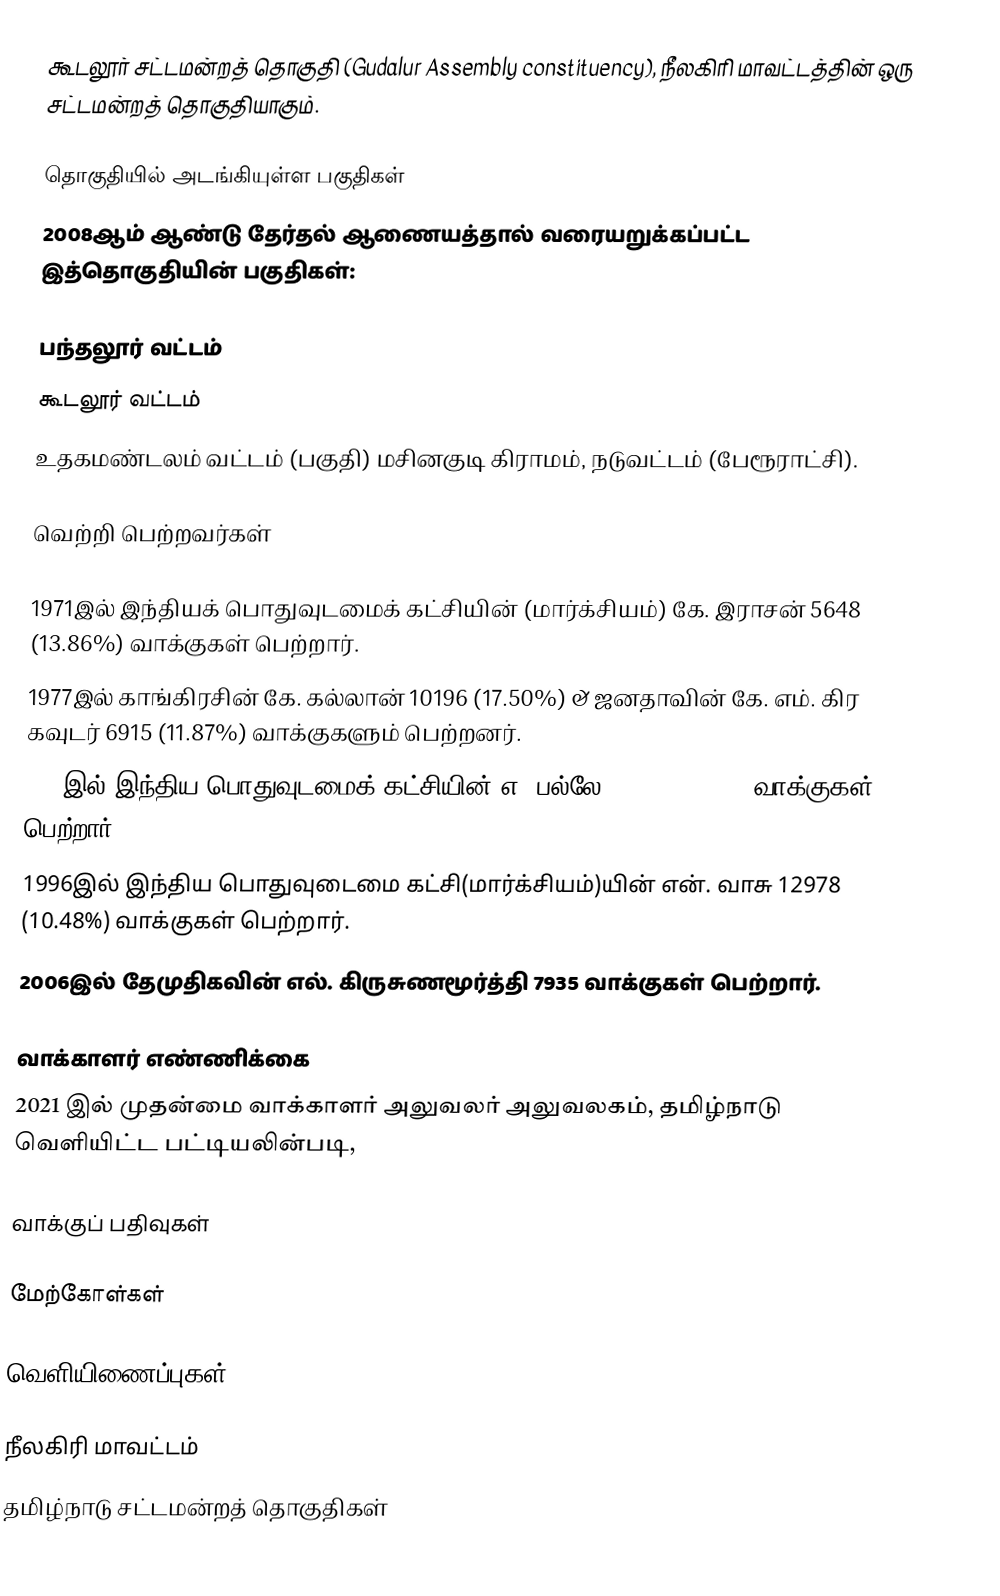
கூடலூர் சட்டமன்றத் தொகுதி (Gudalur Assembly constituency), நீலகிரி மாவட்டத்தின் ஒரு சட்டமன்றத் தொகுதியாகும்.

தொகுதியில் அடங்கியுள்ள பகுதிகள்
2008ஆம் ஆண்டு தேர்தல் ஆணையத்தால் வரையறுக்கப்பட்ட இத்தொகுதியின் பகுதிகள்:

பந்தலூர் வட்டம்
கூடலூர் வட்டம்
உதகமண்டலம் வட்டம் (பகுதி) மசினகுடி கிராமம், நடுவட்டம் (பேரூராட்சி).

வெற்றி பெற்றவர்கள்

1971இல் இந்தியக் பொதுவுடமைக் கட்சியின் (மார்க்சியம்) கே. இராசன் 5648 (13.86%) வாக்குகள் பெற்றார்.
1977இல் காங்கிரசின் கே. கல்லான் 10196 (17.50%) & ஜனதாவின் கே. எம். கிர கவுடர் 6915 (11.87%) வாக்குகளும் பெற்றனர்.
1989இல் இந்திய பொதுவுடமைக் கட்சியின் எ. பல்லே 19324 (17.03%) வாக்குகள் பெற்றார்.
1996இல் இந்திய பொதுவுடைமை கட்சி(மார்க்சியம்)யின் என். வாசு 12978 (10.48%) வாக்குகள் பெற்றார்.
2006இல் தேமுதிகவின் எல். கிருசுணமூர்த்தி 7935 வாக்குகள் பெற்றார்.

வாக்காளர் எண்ணிக்கை
2021 இல் முதன்மை வாக்காளர் அலுவலர் அலுவலகம், தமிழ்நாடு வெளியிட்ட பட்டியலின்படி,

வாக்குப் பதிவுகள்

மேற்கோள்கள்

வெளியிணைப்புகள்

நீலகிரி மாவட்டம்
தமிழ்நாடு சட்டமன்றத் தொகுதிகள்